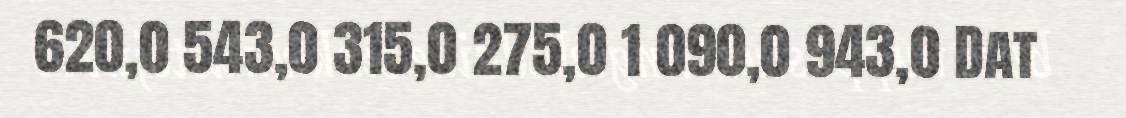
620,0 543,0 315,0 275,0 1 090,0 943,0 Dat